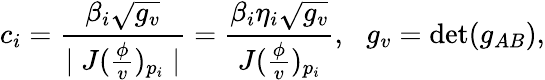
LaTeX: c_{i}=\frac{\beta_{i}\sqrt{g_{v}}}{\mid J(\frac\phi v)_{p_{i}}\mid}=\frac{\beta_{i}\eta_{i}\sqrt{g_{v}}}{J(\frac\phi v)_{p_{i}}},\, \, \, \, g_{v}=\operatorname*{det}(g_{AB}),